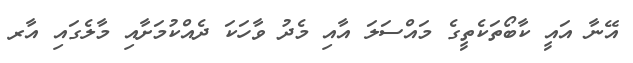
އޭނާ އައީ ކާބޯތަކެތީގެ މައްސަލަ އާއި މެދު ވާހަކަ ދެއްކުމަށާއި މާލެގައި އާރ